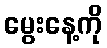
မွေးနေ့ကို